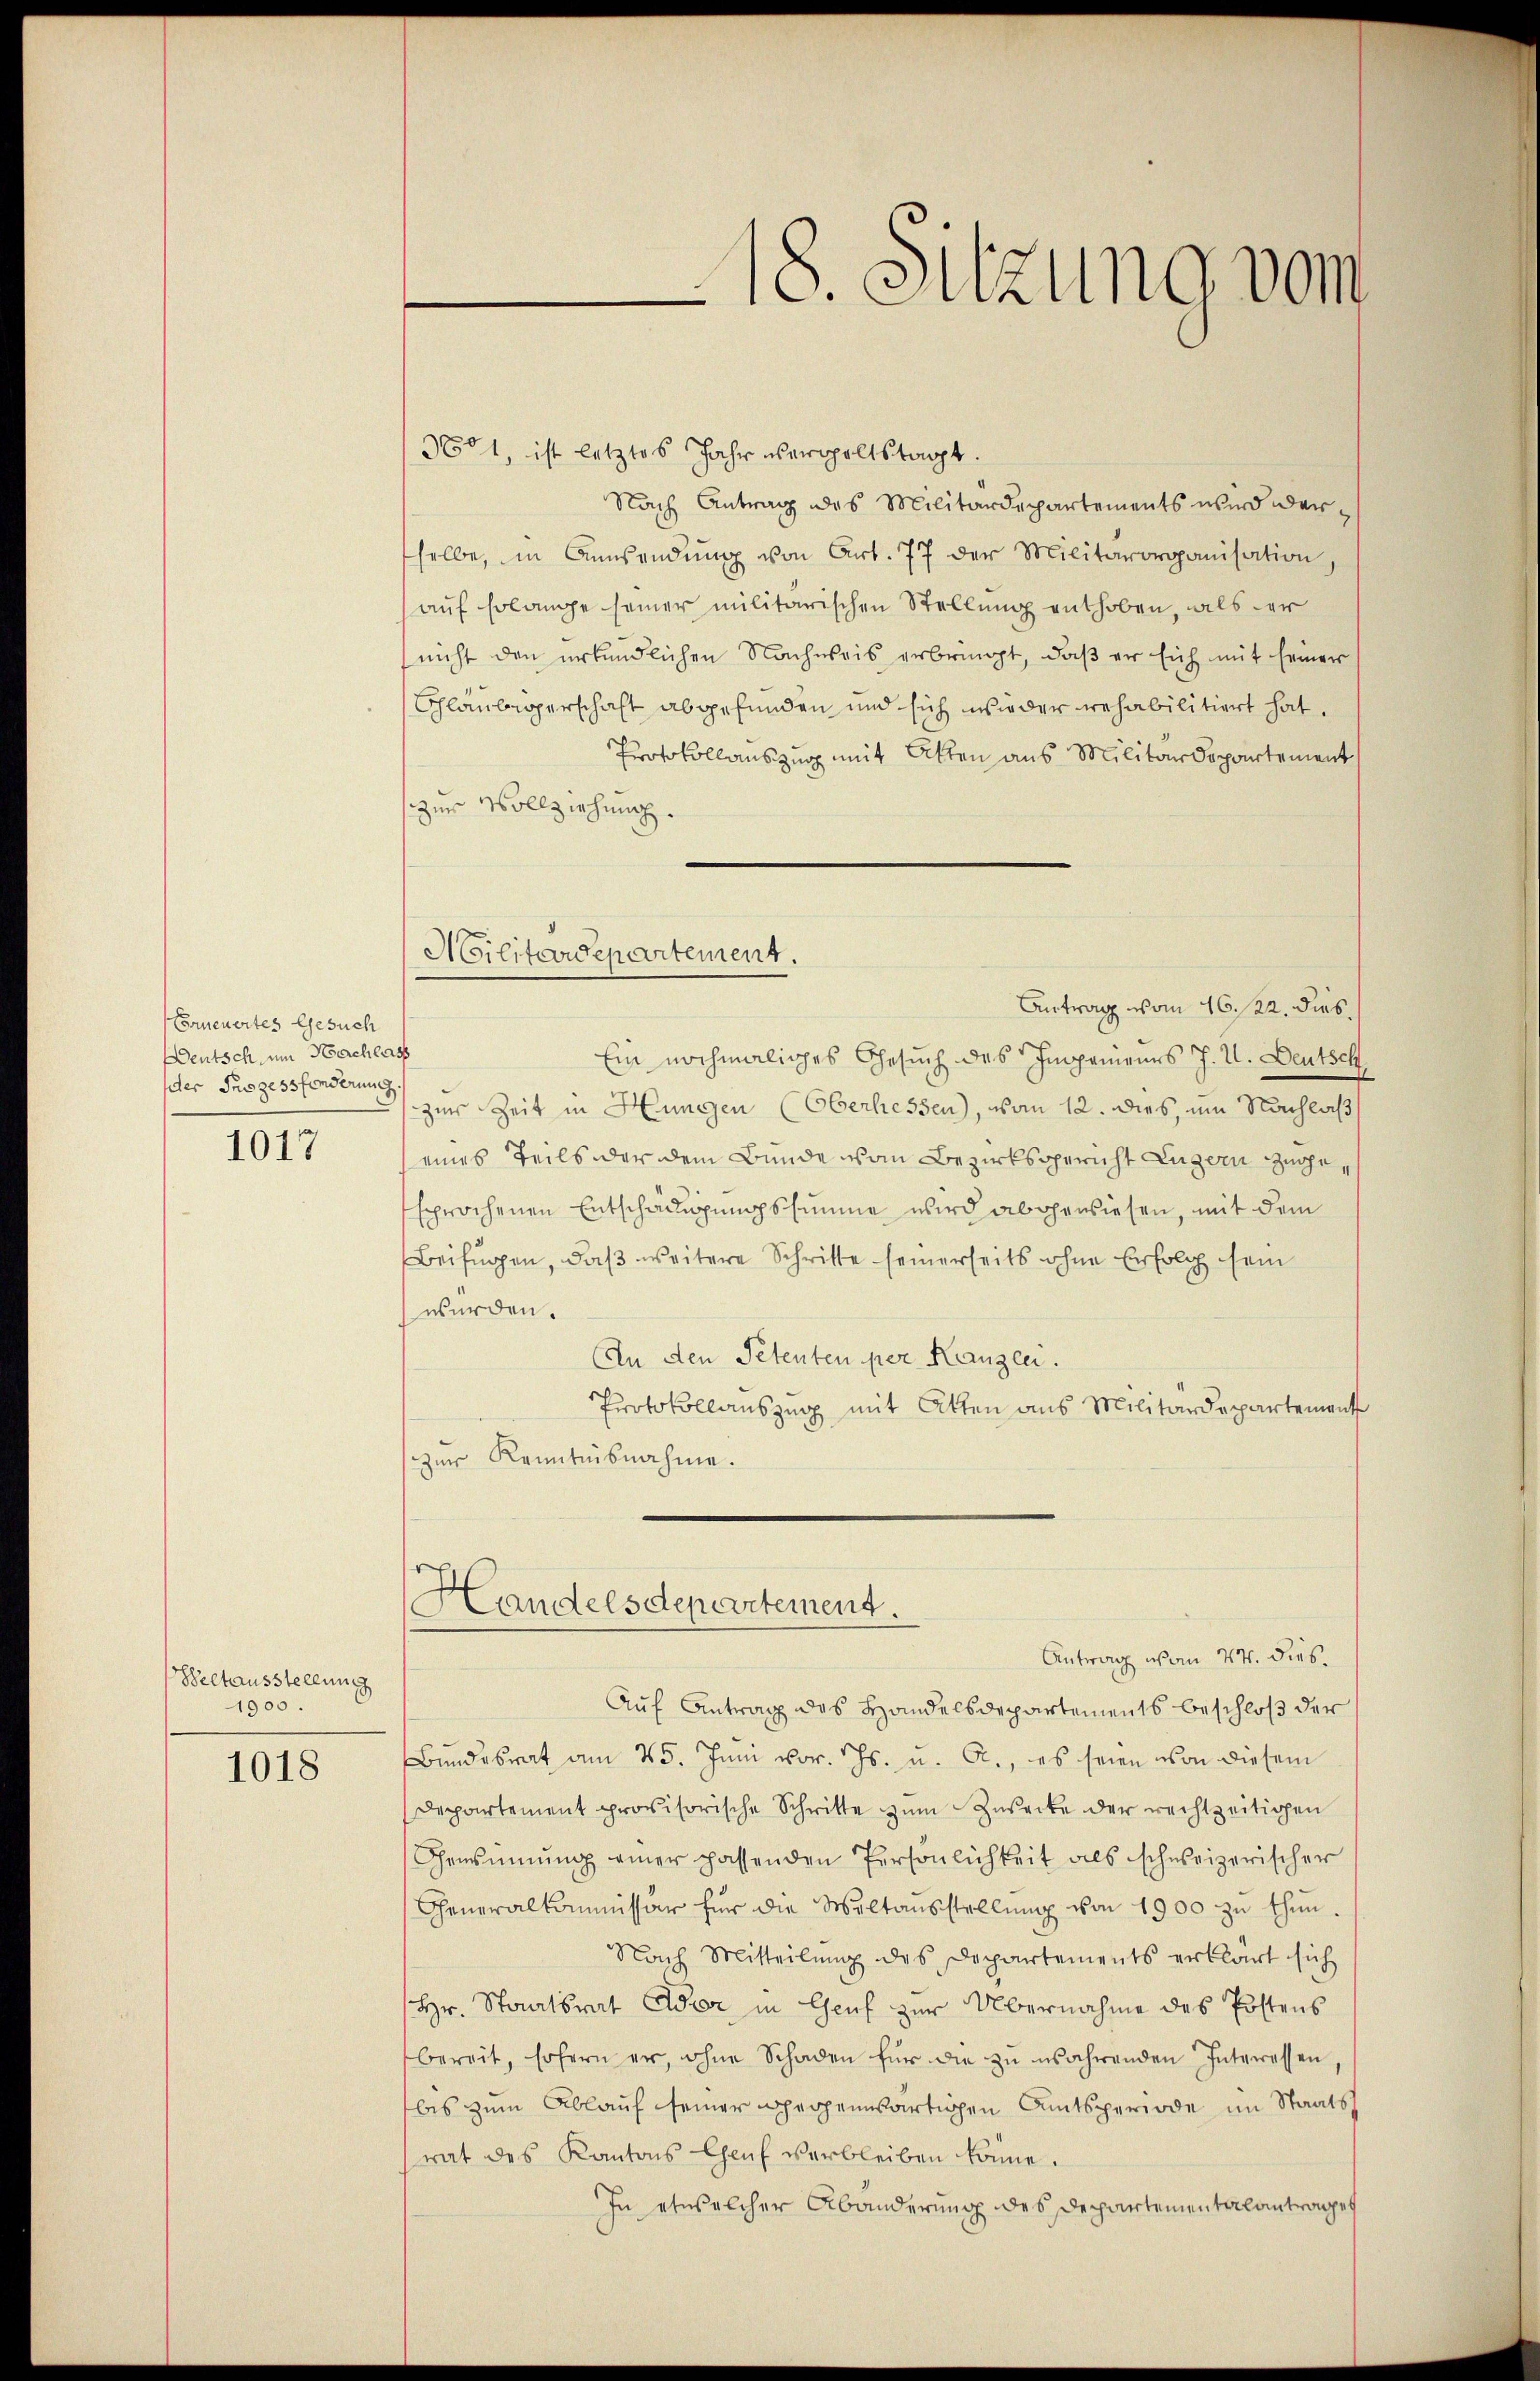
Erneuertes Gesuch
Deutsch, um Nachlass
der Prozessfonderung.
1017

Beltausstellung
1900.

1018

360, ist letztes Jahr vergoltstagt.
Nach Antrag des Militärdepartements wird der
selbe, in Anwendŭng von Art. 77 der Militärorganisation,
auf Erlange seiner militärischen Stellung enthoben, als der
nicht den urkundlichen Nachweis erbringt, daß er sich mit seiner
Glaubigerschaft abgefunden und sich wieder rehabilitiert hat.
Protokollauszug mit Atten aus Militärdepartement
zur Vollziehung.
Antrag vom 16. 122. dies
Ein nochmaliges Gesuch des Impemenes J. U. Deutsch
zur Zeit in Hungen (Oberhessen), vom 12. dies, um Nachlaß
(eines Teils der dem Bunde von Bezirksgericht Luzern zugesprochenen Entschädigungssumme wird abgewiesen, mit dem
Beifügen, daß weitere Schritte seinerseits ohne Erfolg sein
wurden.
An den Petenten per Kanzlei.
Protokollauszug mit Atten aus Militärdepartement
zŭr Kenntnisnahme.

Militärdepartement.

Handelsdepartement.

18. Sitzung vom

Antrag von 24. dies.
Auf Antrag des Handelsdepartements beschloß der
Bŭndesrat am 25. Jŭni vor. Js. u. A., es seien von diesem
Departement provisorische Schritte zŭm Zusecke der rechtzeitigen
Censinnung einer passenden Persönlichkeit als schweizerischer
Generalkommissär für die Weltausstellŭng von 1900 zŭ thŭn.
Nach Mitteilung des Departements erklärt sich
Hr. Staatsrat Ader in Genf zur Übernahme des Postens
bereit, sofern er, ohne Schaden für die zŭ währenden Interessen,
bis zum Ablauf seiner gegenwärtigen Amtsperiode im Staatsrat des Kantons Chef verbleiben könne.
In etwelcher Abänderung des Departementalantrages